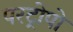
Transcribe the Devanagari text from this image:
परट्रोपो